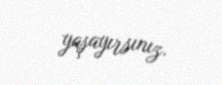
yaşayırsınız.